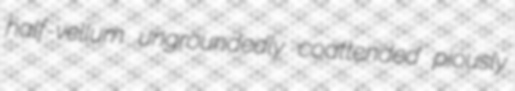
half-vellum ungroundedly coattended piously